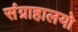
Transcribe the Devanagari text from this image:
संग्राहालयो